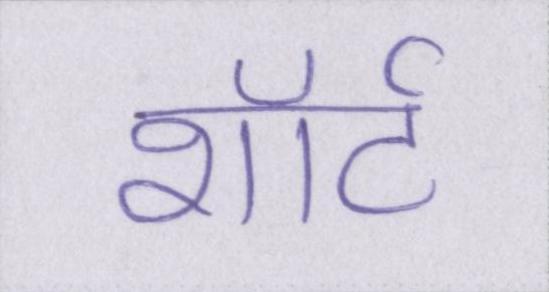
शॉर्ट